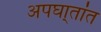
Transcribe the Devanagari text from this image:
अपघा्तांत